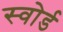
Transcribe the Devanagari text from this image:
स्‍वोर्ड